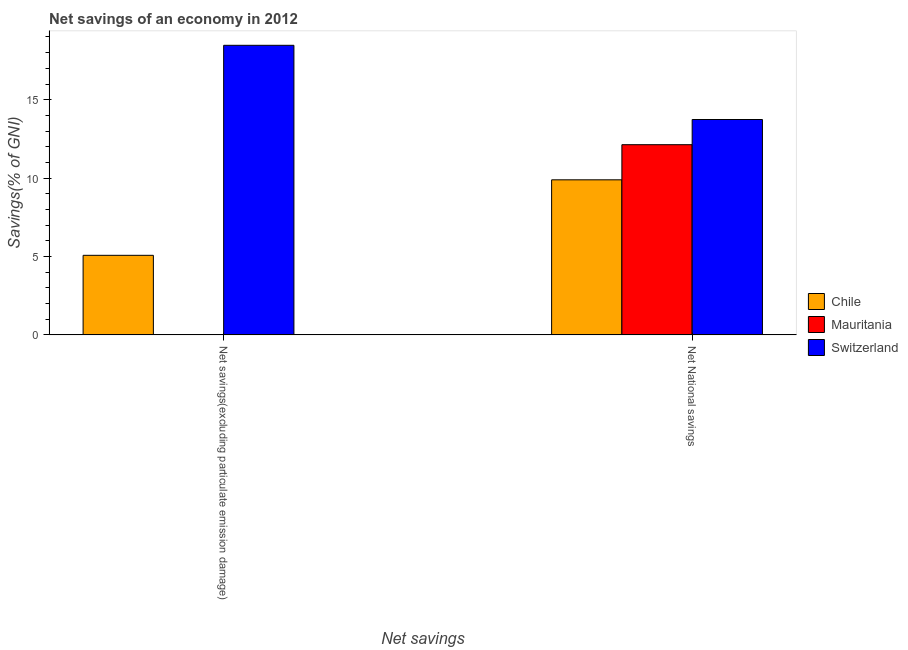
| Net savings | Chile | Mauritania | Switzerland |
 | --- | --- | --- | --- |
 | Net savings(excluding particulate emission damage) | 5.08 | -11.3 | 18.5 |
 | Net National savings | 9.89 | 12.1 | 13.7 |